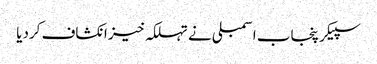
سپیکر پنجاب اسمبلی نے تہلکہ خیز انکشاف کردیا